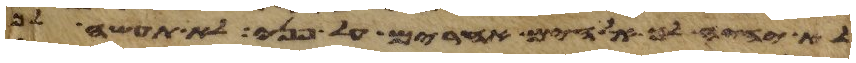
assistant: לא יהיה לך אלהים אחרים על פני לא תעשה לך